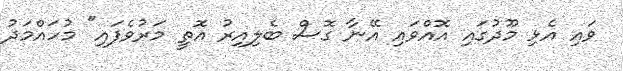
ވައި އެޅި މޫދުގައި އޮއްވައި އޭނާ ގޮސް ބެލިއިރު އޮތީ މަރުވެފައި" މުހައްމަދު